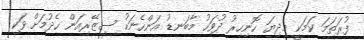
ފުރަތަމަ ކަމަކީ މިދިޔަ ހޮނިހިރު ދުވަހު މާބަނޑު އަންހެނަކު ސިޒޭރިއަން ހެދުމަށް ވަކި